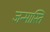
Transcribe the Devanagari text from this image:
जन्मास्ति